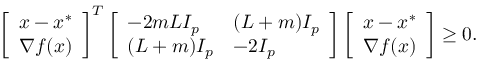
\begin{array} { r } { \left[ \begin{array} { l } { x - x ^ { * } } \\ { \nabla f ( x ) } \end{array} \right] ^ { T } \left[ \begin{array} { l l } { - 2 m L I _ { p } } & { ( L + m ) I _ { p } } \\ { ( L + m ) I _ { p } } & { - 2 I _ { p } } \end{array} \right] \left[ \begin{array} { l } { x - x ^ { * } } \\ { \nabla f ( x ) } \end{array} \right] \ge 0 . } \end{array}